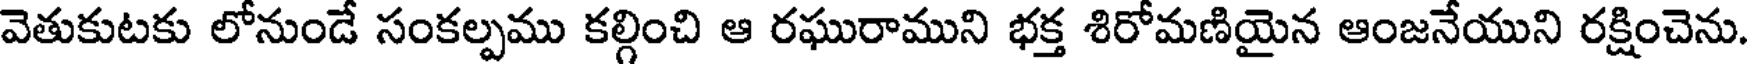
వెతుకుటకు లోనుండే సంకల్పము కల్గించి ఆ రఘురాముని భక్త శిరోమణియైన ఆంజనేయుని రక్షించెను.